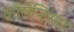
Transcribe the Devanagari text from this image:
काँसेप्टिस्टा